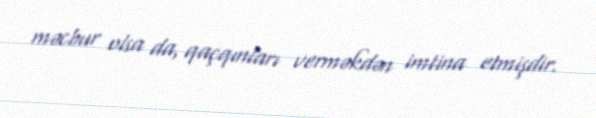
məcbur olsa da, qaçqınları verməkdən imtina etmişdir.